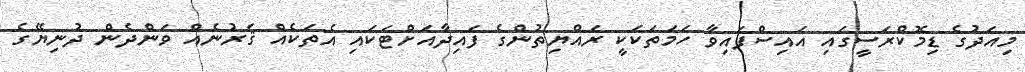
މިއަދުގެ ޑިމޮކްރަސީގައި އައިސްފައިވާ ހަމަތަކަކީ ރައްޔިތުންގެ ފައިދާއަށްޓަކައި އެތަކެއް ޤަރުނެއް ވަންދެން ދުނިޔޭގެ